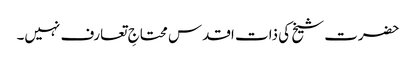
حضرت شیخ کی ذات اقدس محتاجِ تعارف نہیں۔